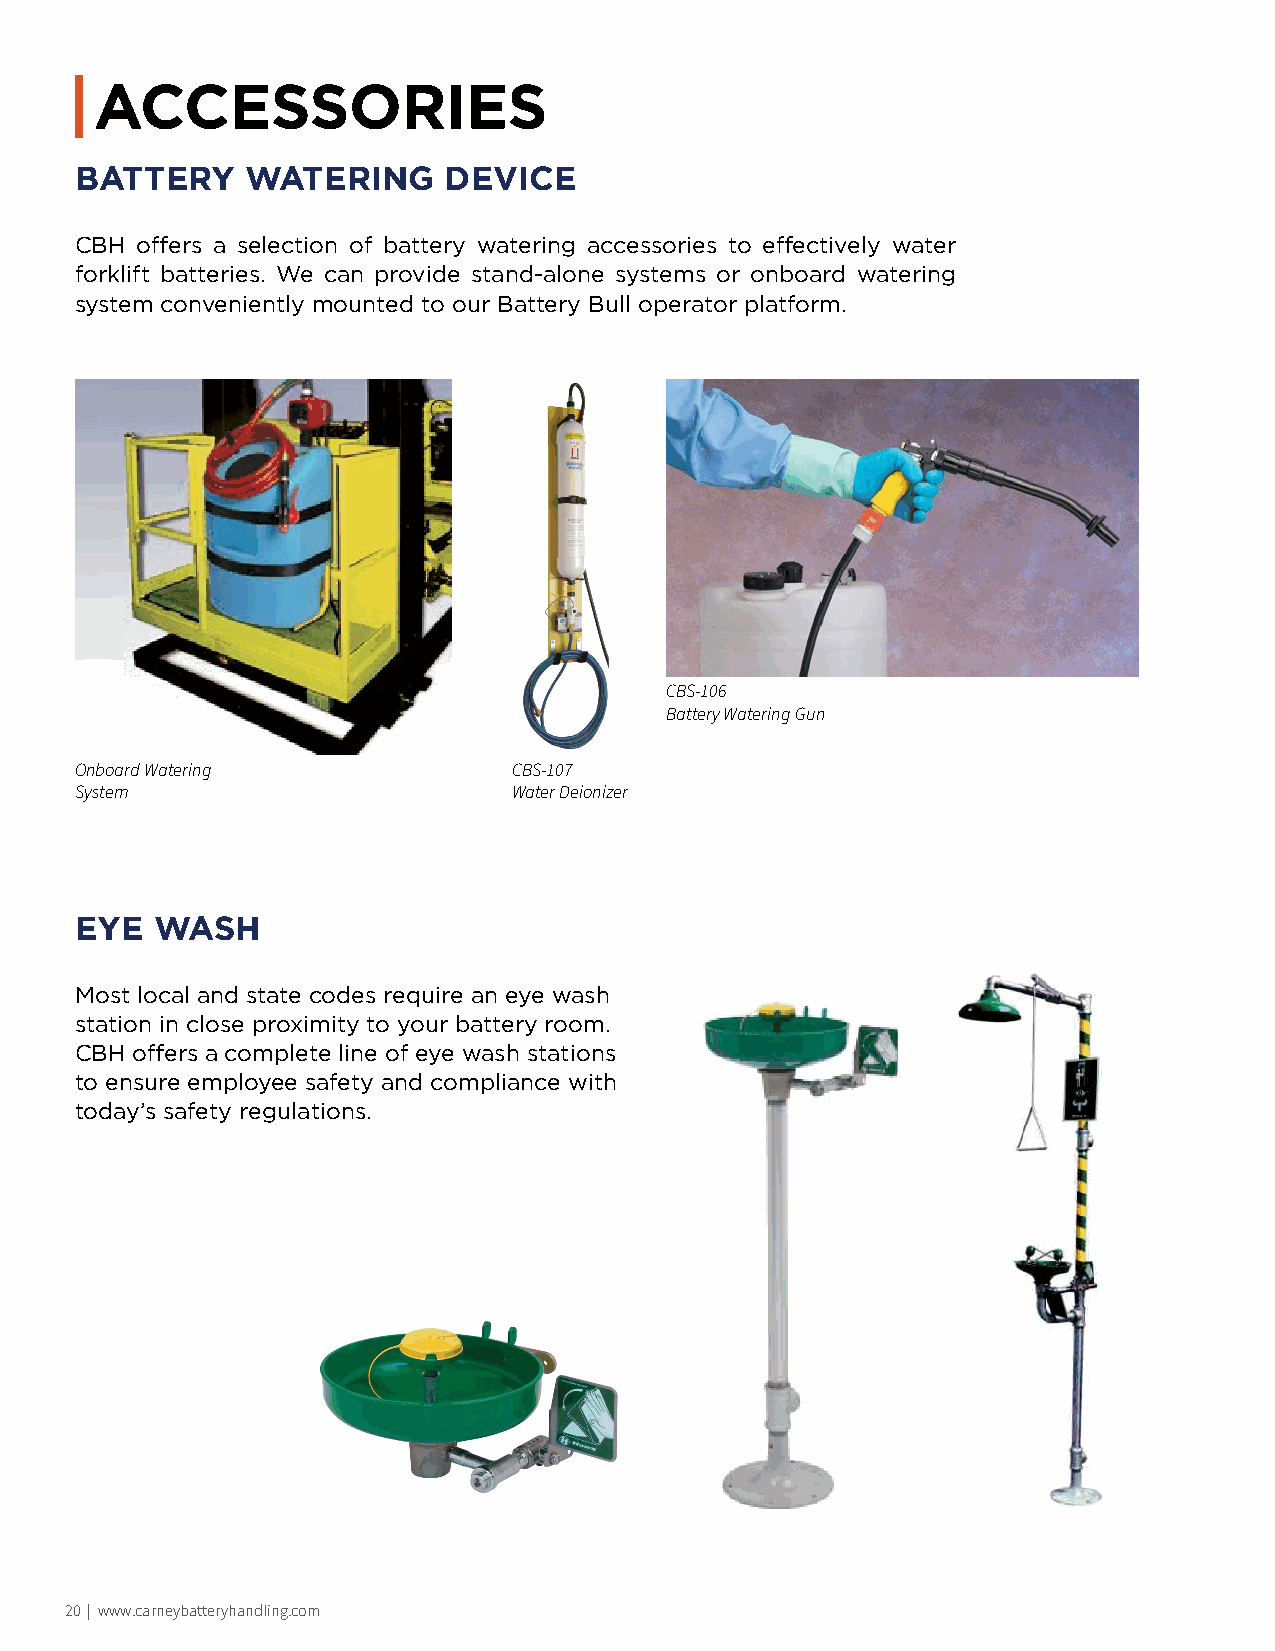
ACCESSORIES
 BATTERY    WATERING     DEVICE
 CBH offers a selection of battery watering accessories to effectively water
 forklift batteries. We can provide stand-alone systems or onboard watering
 system conveniently mounted to our Battery Bull operator platform.
 CBS-106
 Battery Watering Gun
 Onboard Watering             CBS-107
 System                       Water Deionizer
 EYE  WASH
 Most local and state codes require an eye wash
 station in close proximity to your battery room.
 CBH offers a complete line of eye wash stations
 to ensure employee safety and compliance with
 today’s safety regulations.
 20 | www.carneybatteryhandling.com